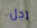
رجل